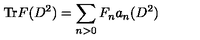
\mathrm { T r } F ( D ^ { 2 } ) = \displaystyle \sum _ { n > 0 } F _ { n } a _ { n } ( D ^ { 2 } )